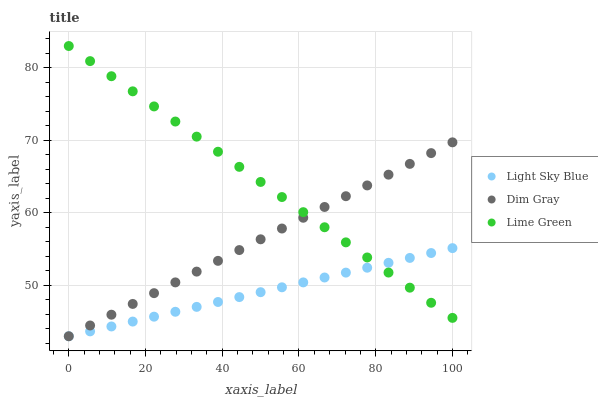
| xaxis_label | Light Sky Blue | Dim Gray | Lime Green |
 | --- | --- | --- | --- |
 | 0 | 43 | 43 | 83 |
 | 5.56 | 43.7 | 44.5 | 80.9 |
 | 11.1 | 44.3 | 46 | 78.8 |
 | 16.7 | 45 | 47.5 | 76.8 |
 | 22.2 | 45.7 | 48.9 | 74.7 |
 | 27.8 | 46.4 | 50.4 | 72.6 |
 | 33.3 | 47 | 51.9 | 70.5 |
 | 38.9 | 47.7 | 53.4 | 68.4 |
 | 44.4 | 48.4 | 54.9 | 66.3 |
 | 50 | 49.1 | 56.4 | 64.3 |
 | 55.6 | 49.7 | 57.8 | 62.2 |
 | 61.1 | 50.4 | 59.3 | 60.1 |
 | 66.7 | 51.1 | 60.8 | 58 |
 | 72.2 | 51.8 | 62.3 | 55.9 |
 | 77.8 | 52.4 | 63.8 | 53.9 |
 | 83.3 | 53.1 | 65.3 | 51.8 |
 | 88.9 | 53.8 | 66.8 | 49.7 |
 | 94.4 | 54.5 | 68.2 | 47.6 |
 | 100 | 55.1 | 69.7 | 45.5 |